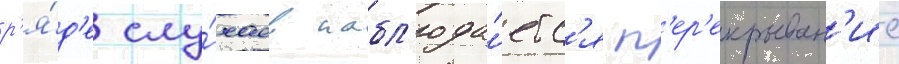
р'я́д'е слу́чаев набл'юда́етс'я п'ер'екрыван'ие